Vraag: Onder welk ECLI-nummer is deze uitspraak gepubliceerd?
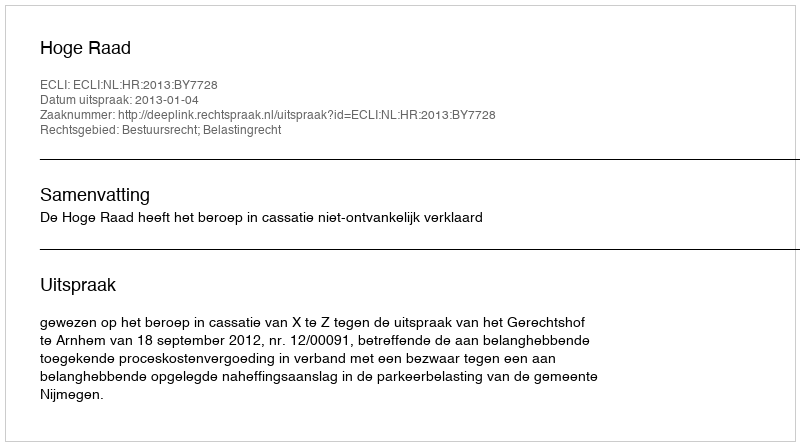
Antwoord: ECLI:NL:HR:2013:BY7728